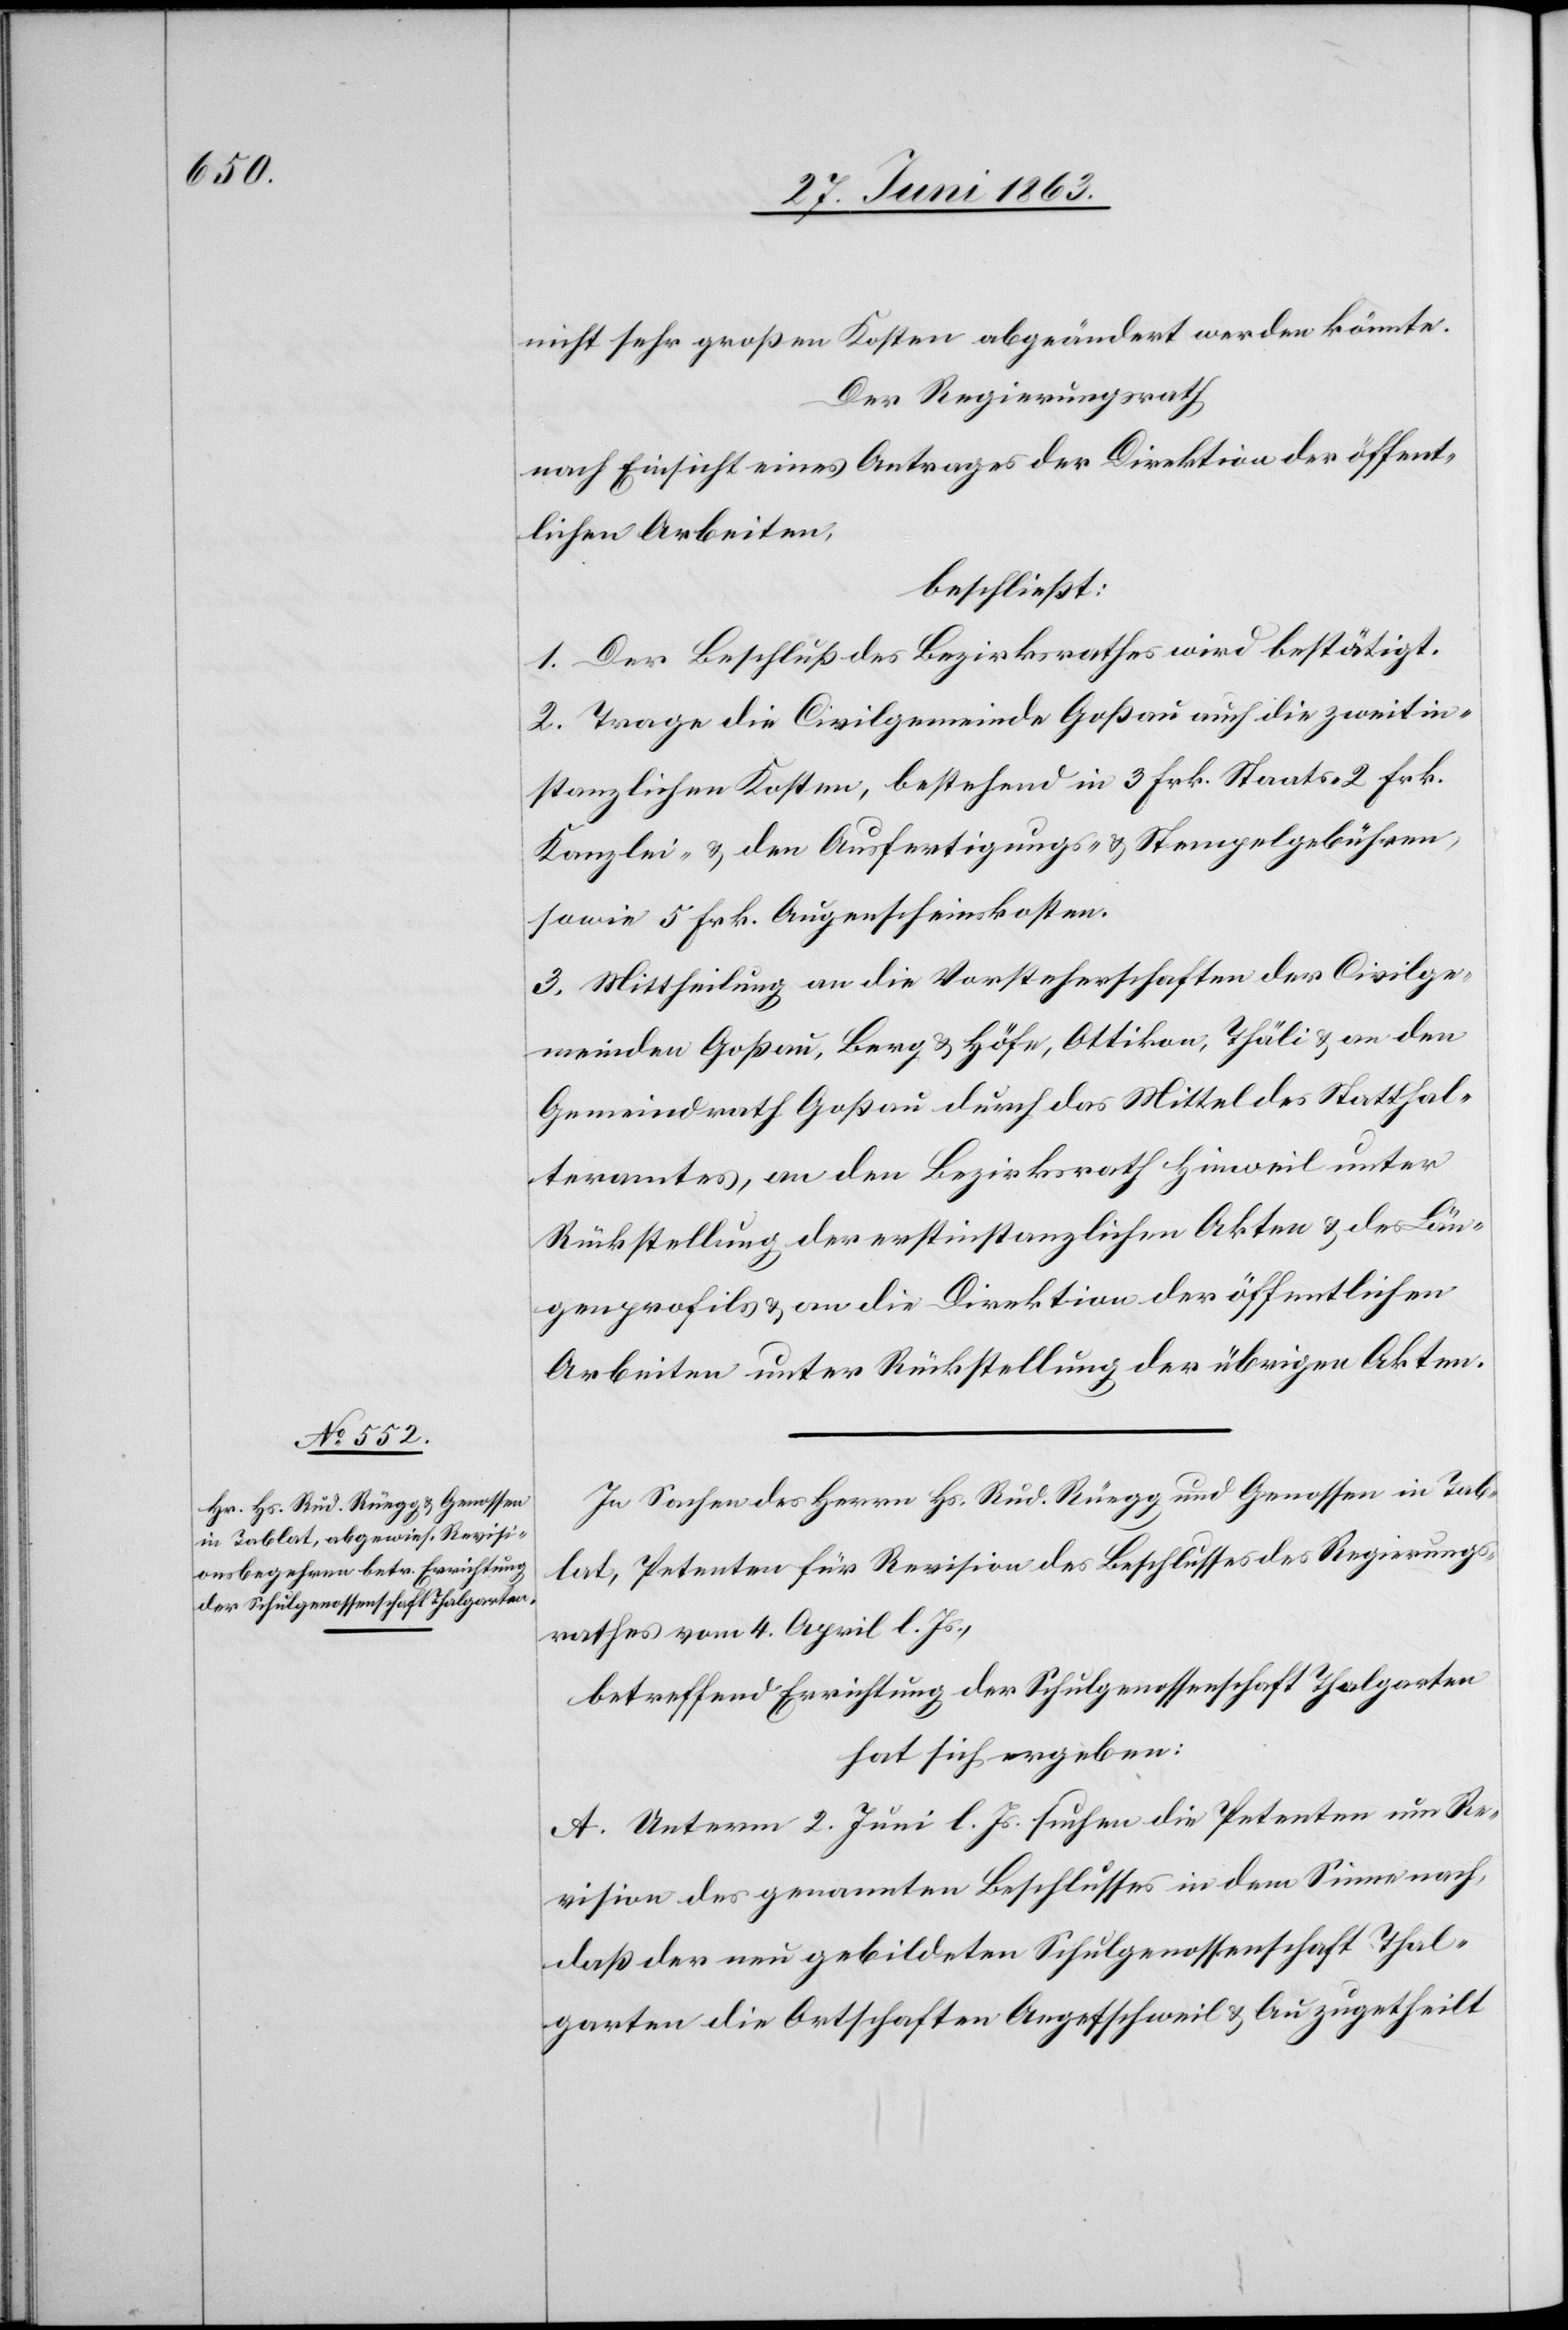
nicht sehr großen Kosten abgeändert werden könnte.
Der Regierungsrath
nach Einsicht eines Antrages der Direktion der öffent¬
lichen Arbeiten,
beschließt:
1. Der Beschluß des Bezirksrathes wird bestätigt.
2. Trage die Civilgemeinde Goßau auch die zweitin¬
stanzlichen Kosten, bestehend in 3 Frk. Staats-[,] 2 Frk.
Kanzlei- & den Ausfertigungs- & Stempelgebühren,
sowie 5 Frk. Augenscheinskosten.
3. Mittheilung an die Vorsteherschaften der Civilge¬
meinden Goßau, Berg & Höfe, Ottikon, Thäli & an den
Gemeindrath Goßau durch das Mittel des Statthal¬
teramtes, an den Bezirksrath Hinweil unter
Rückstellung der erstinstanzlichen Akten & des Län¬
genprofils & an die Direktion der öffentlichen
Arbeiten unter Rückstellung der übrigen Akten.
In Sachen des Herrn Hs. Rud. Rüegg und Genossen in Tab¬
lat, Petenten für Revision des Beschlusses des Regierungs¬
rathes vom 4. April l. Js.,
betreffend Errichtung der Schulgenossenschaft Thalgarten
hat sich ergeben:
A. Unterm 2. Juni l. Js. suchen die Petenten um Re¬
vision des genannten Beschlusses in dem Sinne nach,
daß der neu gebildeten Schulgenossenschaft Thal¬
garten die Ortschaften Aegetschweil & Au zugetheilt